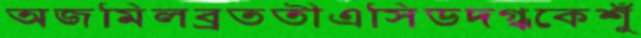
অজমিলব্রততীএসিডদগ্ধকেশুঁ